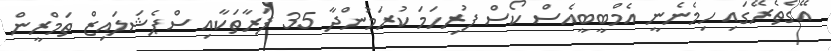
އޭގެތެރޭގައި ހިމެނެނީ އެމްބީބީއެސް ކޯސް ފުރިހަމަ ކުރަމުންދާ 35 ފަރާތަކާއި ސްޕެޝަލައިޒް ތަމްރީން